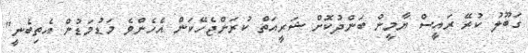
ގަބޫލު ކުރޭ ރައީސް ޔާމީން ބަންދުކޮށް ޝަރީއަތް ކުރަންޖެހޭކަން އެހެންވެ މަޑުމަޑުން އެތިބެނީ"